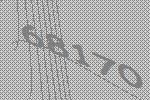
68170